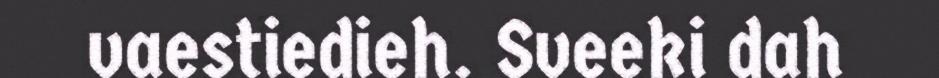
vaestiedieh. Sveeki dah